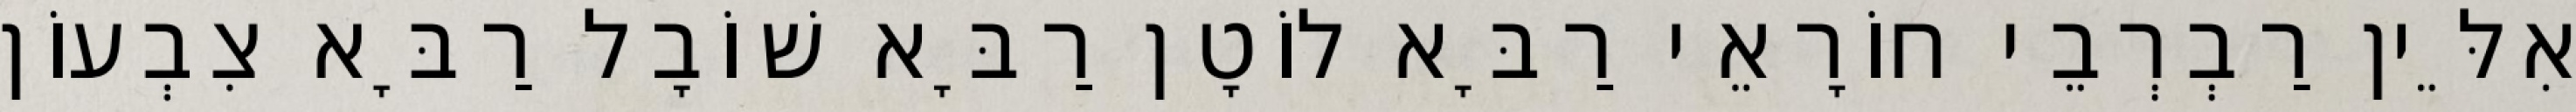
אִלֵּין רַבְרְבֵי חוֹרָאֵי רַבָּא לוֹטָן רַבָּא שׁוֹבָל רַבָּא צִבְעוֹן